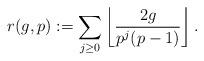
LaTeX: \begin{align*}r(g,p):=\sum_{j\geq 0} \left\lfloor\frac{2g}{p^j(p-1)}\right\rfloor.\end{align*}